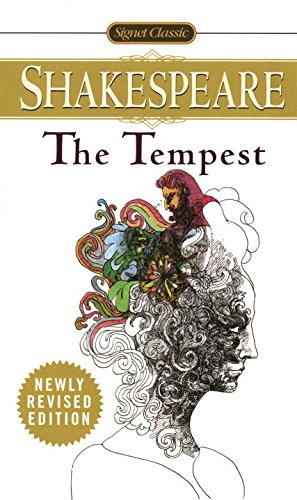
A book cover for The Tempest (Signet Classics); William Shakespeare; Literature & Fiction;